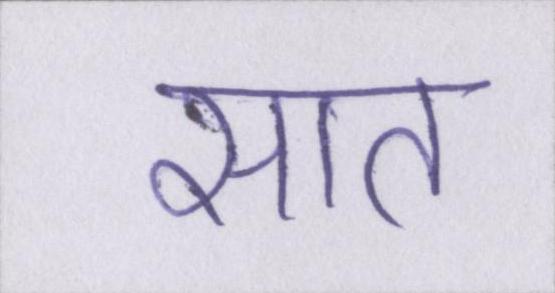
सात